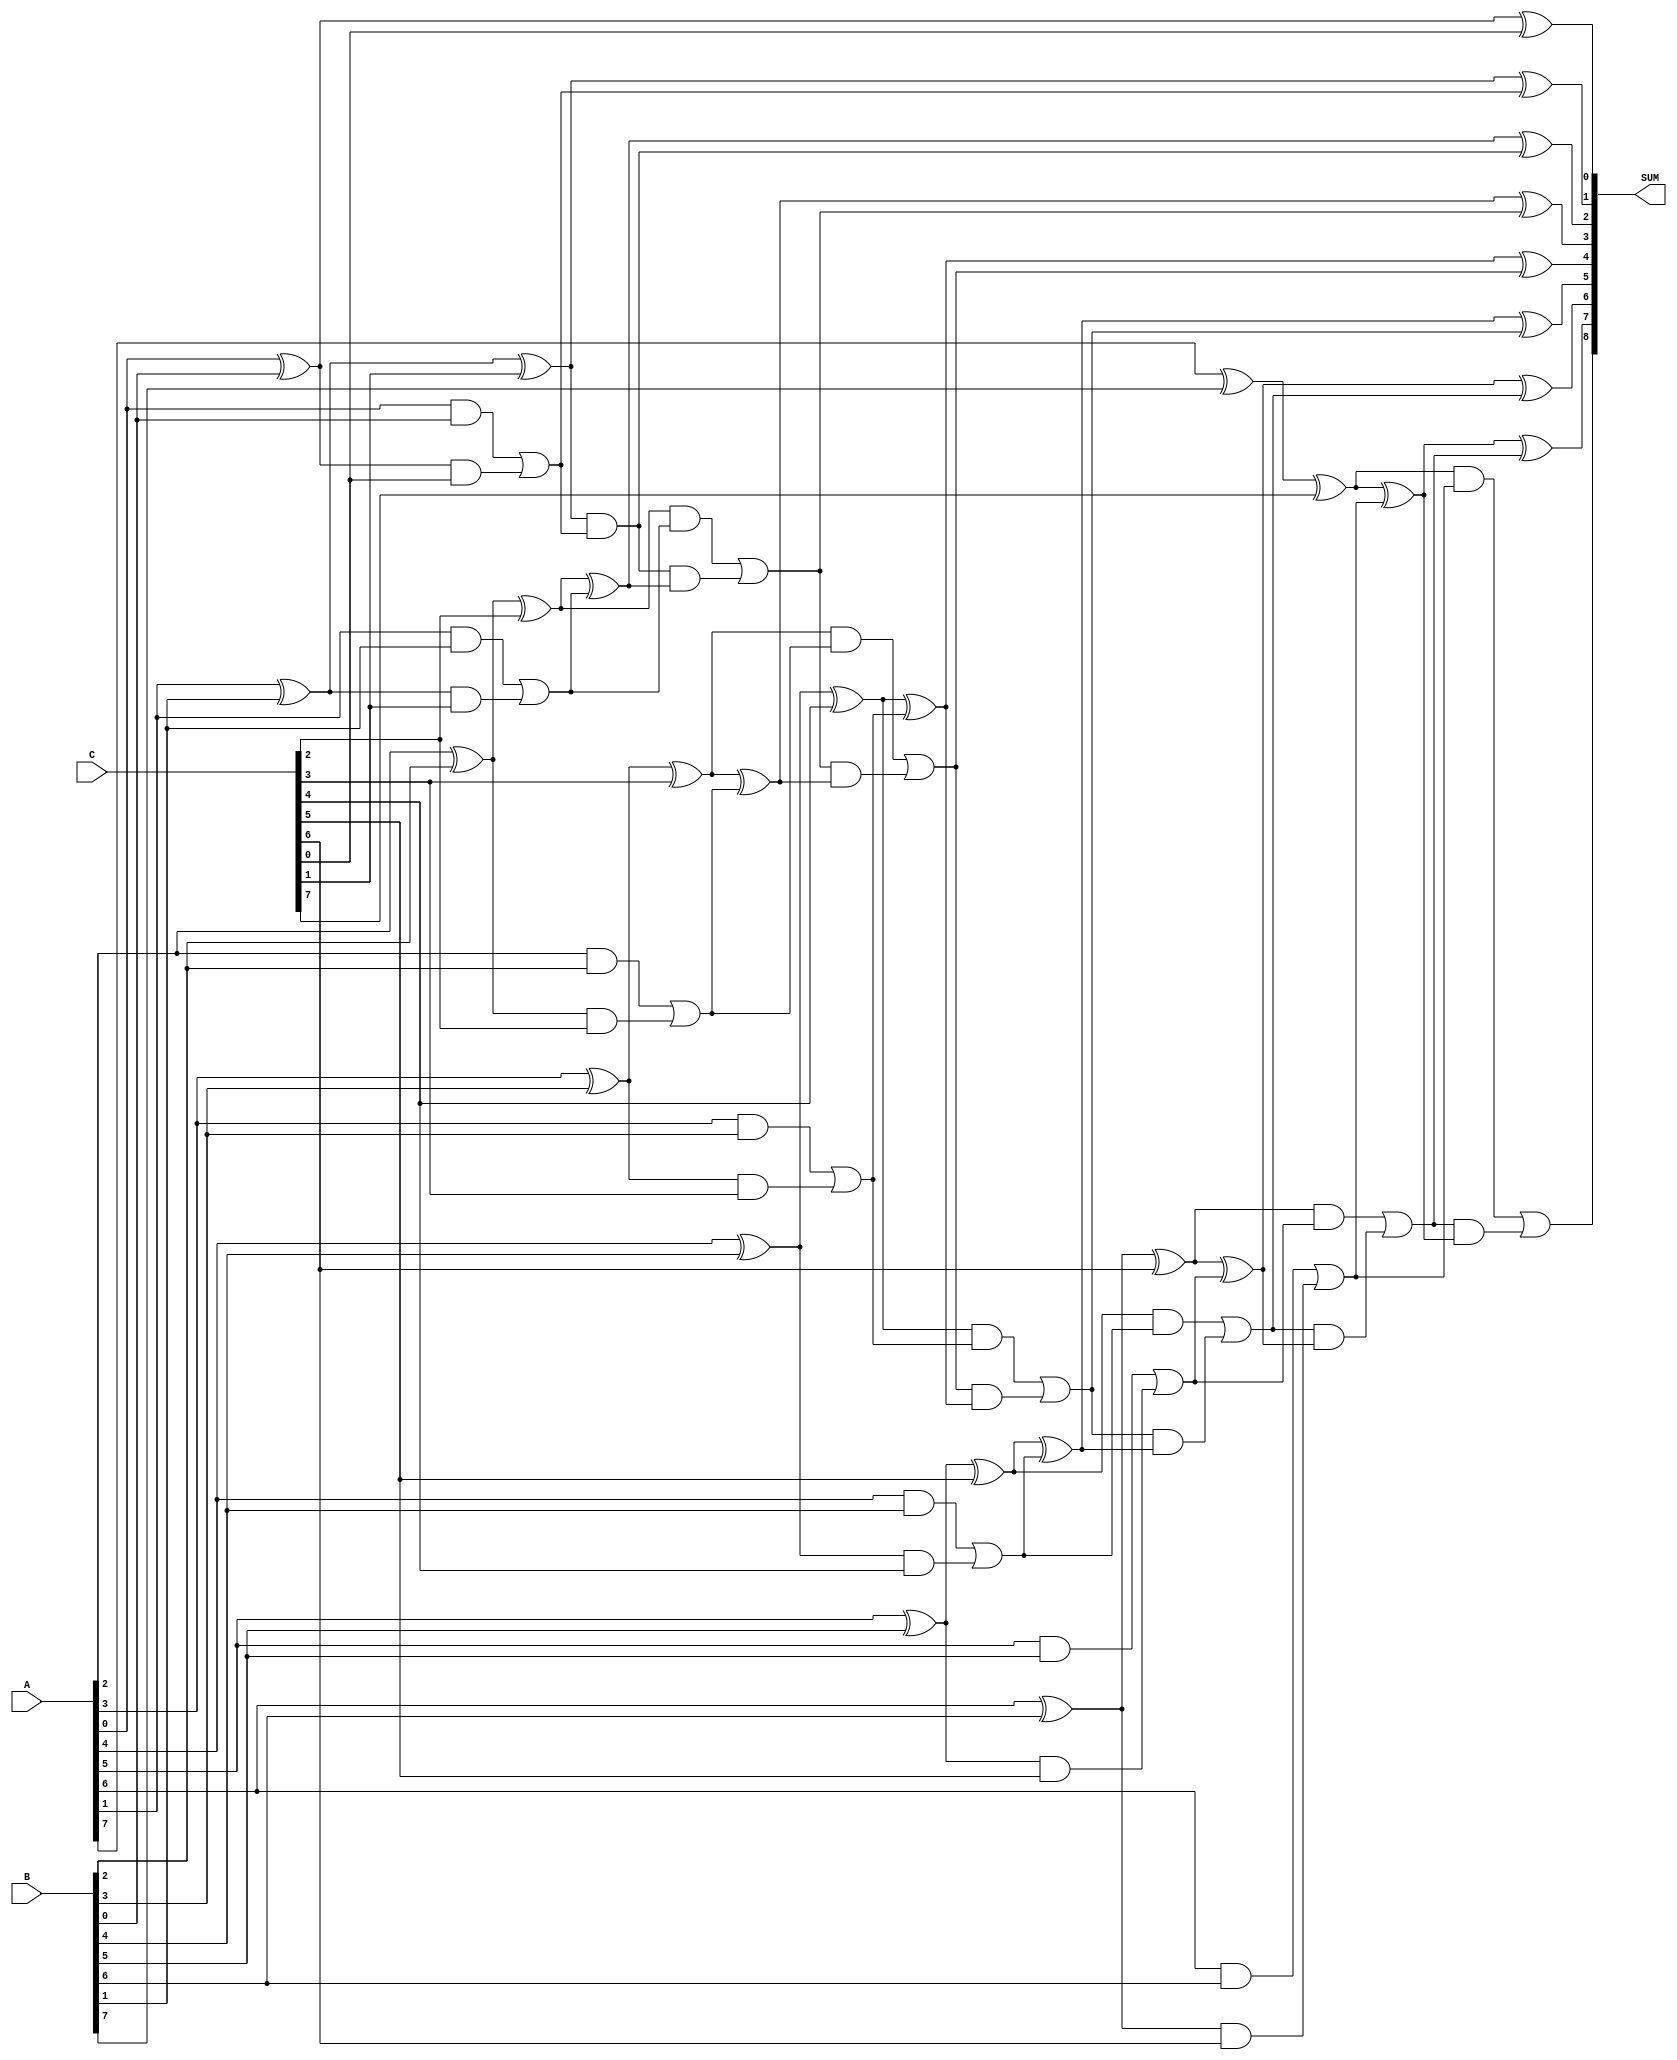
module carry_save_adder (
    input [n-1:0] A,  // First n-bit input
    input [n-1:0] B,  // Second n-bit input
    input [n-1:0] C,  // Third n-bit input
    output [n:0] SUM  // Final sum output (n+1 bits to accommodate carry)
);
    parameter n = 8; // Define the bit-width of the inputs

    // Intermediate wires for sum and carry
    wire [n-1:0] sum_temp;
    wire [n-1:0] carry_temp;

    // Carry Save Stage
    genvar i;
    generate
        for (i = 0; i < n; i = i + 1) begin : CSA
            // Full adder for each bit
            wire sum_ab, carry_ab, carry_ac, carry_bc;
            assign sum_ab = A[i] ^ B[i];
            assign carry_ab = A[i] & B[i];
            assign sum_temp[i] = sum_ab ^ C[i];
            assign carry_ac = sum_ab & C[i];
            assign carry_bc = carry_ab | carry_ac;
            assign carry_temp[i] = carry_bc;
        end
    endgenerate

    // Carry Propagation Stage (Ripple Carry Adder)
    wire [n-1:0] final_sum;
    wire [n-1:0] final_carry;
    assign final_sum[0] = sum_temp[0];
    assign final_carry[0] = 0; // No carry for the first bit

    generate
        for (i = 1; i < n; i = i + 1) begin : RCA
            assign final_sum[i] = sum_temp[i] ^ carry_temp[i-1] ^ final_carry[i-1];
            assign final_carry[i] = (sum_temp[i] & carry_temp[i-1]) | (final_carry[i-1] & (sum_temp[i] ^ carry_temp[i-1]));
        end
    endgenerate

    // Final output
    assign SUM = {final_carry[n-1], final_sum}; // Concatenate carry out and final sum

endmodule